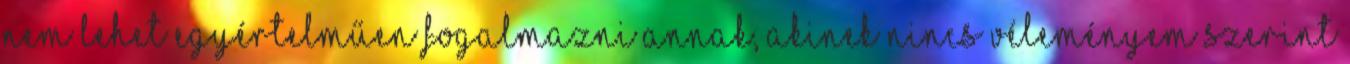
nem lehet egyértelműen fogalmazni annak, akinek nincs véleményem szerint